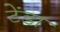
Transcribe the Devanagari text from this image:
टेंडा